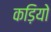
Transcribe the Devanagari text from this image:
कड़ियो